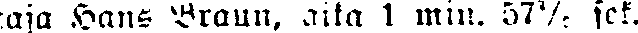
taja Hans Braun, aika 1 min. 57⅗ sek.